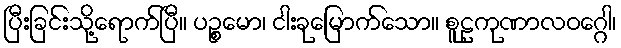
ပြီးခြင်းသို့ရောက်ပြီ။ ပဉ္စမော၊ ငါးခုမြောက်သော။ စူဠကုဏာလဝဂ္ဂေါ၊